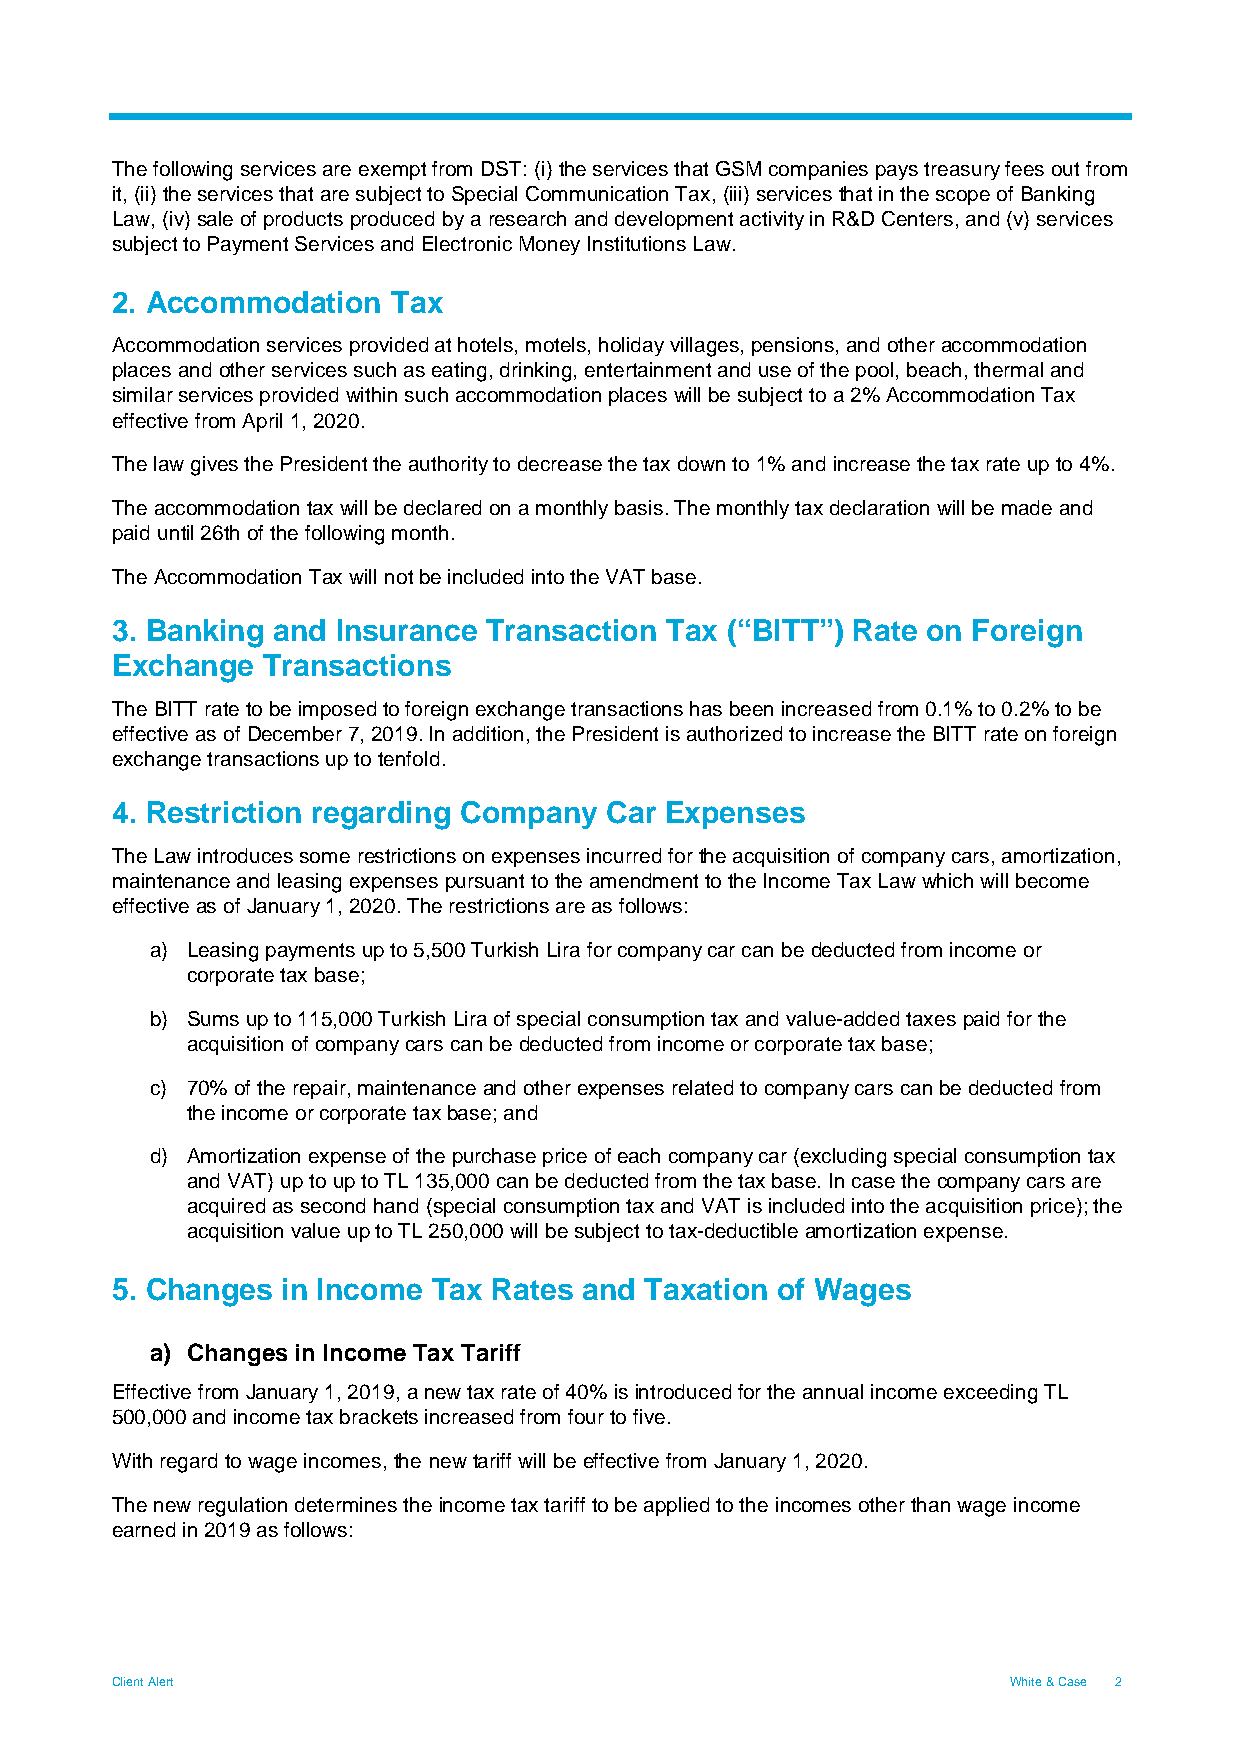
The following services are exempt from DST: (i) the services that GSM companies pays treasury fees out from
 it, (ii) the services that are subject to Special Communication Tax, (iii) services that in the scope of Banking
 Law, (iv) sale of products produced by a research and development activity in R&D Centers, and (v) services
 subject to Payment Services and Electronic Money Institutions Law.
 2. Accommodation   Tax
 Accommodation services provided at hotels, motels, holiday villages, pensions, and other accommodation
 places and other services such as eating, drinking, entertainment and use of the pool, beach, thermal and
 similar services provided within such accommodation places will be subject to a 2% Accommodation Tax
 effective from April 1, 2020.
 The law gives the President the authority to decrease the tax down to 1% and increase the tax rate up to 4%.
 The accommodation tax will be declared on a monthly basis. The monthly tax declaration will be made and
 paid until 26th of the following month.
 The Accommodation Tax will not be included into the VAT base.
 3. Banking and Insurance Transaction Tax (“BITT”) Rate on Foreign
 Exchange  Transactions
 The BITT rate to be imposed to foreign exchange transactions has been increased from 0.1% to 0.2% to be
 effective as of December 7, 2019. In addition, the President is authorized to increase the BITT rate on foreign
 exchange transactions up to tenfold.
 4. Restriction regarding Company Car Expenses
 The Law introduces some restrictions on expenses incurred for the acquisition of company cars, amortization,
 maintenance and leasing expenses pursuant to the amendment to the Income Tax Law which will become
 effective as of January 1, 2020. The restrictions are as follows:
 a) Leasing payments up to 5,500 Turkish Lira for company car can be deducted from income or
 corporate tax base;
 b) Sums up to 115,000 Turkish Lira of special consumption tax and value-added taxes paid for the
 acquisition of company cars can be deducted from income or corporate tax base;
 c) 70% of the repair, maintenance and other expenses related to company cars can be deducted from
 the income or corporate tax base; and
 d) Amortization expense of the purchase price of each company car (excluding special consumption tax
 and VAT) up to up to TL 135,000 can be deducted from the tax base. In case the company cars are
 acquired as second hand (special consumption tax and VAT is included into the acquisition price); the
 acquisition value up to TL 250,000 will be subject to tax-deductible amortization expense.
 5. Changes  in Income Tax Rates and Taxation of Wages
 a) Changes in Income Tax Tariff
 Effective from January 1, 2019, a new tax rate of 40% is introduced for the annual income exceeding TL
 500,000 and income tax brackets increased from four to five.
 With regard to wage incomes, the new tariff will be effective from January 1, 2020.
 The new regulation determines the income tax tariff to be applied to the incomes other than wage income
 earned in 2019 as follows:
 Client Alert                                                White & Case 2